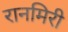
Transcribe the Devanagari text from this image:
रानमिरी